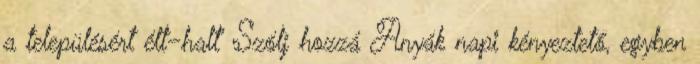
a településért élt–halt” Szólj hozzá Anyák napi kényeztető, egyben